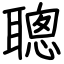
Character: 聰